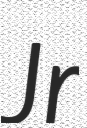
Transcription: Jr